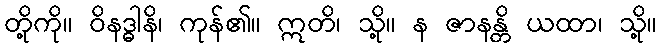
တို့ကို။ ဝိနဒ္ဓါနိ၊ ကုန်၏။ ဣတိ၊ သို့။ န ဇာနန္တိ ယထာ၊ သို့။